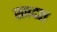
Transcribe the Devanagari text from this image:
सप्तदश